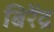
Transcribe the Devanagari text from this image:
बिरेंद्र